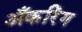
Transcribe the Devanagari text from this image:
अँकरिंग